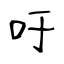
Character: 吁